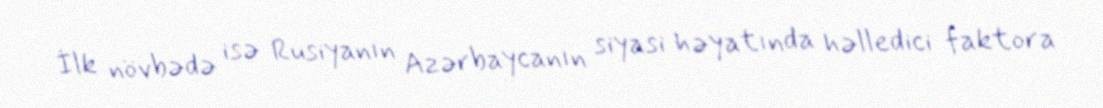
İlk növbədə isə Rusiyanın Azərbaycanın siyasi həyatında həlledici faktora